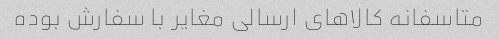
متاسفانه کالاهای ارسالی مغایر با سفارش بوده